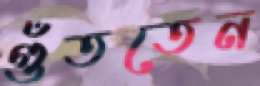
গুঁততেন